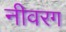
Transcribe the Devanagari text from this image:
नीवरग